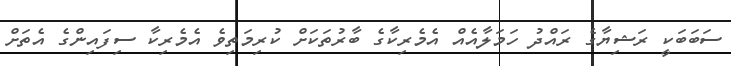
ސަބަބަކީ ރަޝިޔާގެ ރައްދު ހަމަލާއެއް އެމެރިކާގެ ބާރުތަކަށް ކުރިމަތިވެ އެމެރިކާ ސިފައިންގެ އެތަށް